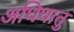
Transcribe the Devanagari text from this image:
अधिधातु